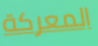
المعركة